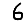
Digit: 6